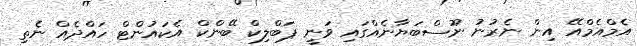
އެމްއެމްއޭ އިން ނެރުނު ނޫސްބަޔާނެއްގައި ވަނީ ޕަބްލިކް ބޭންކް އެކައުންޓް ހައްދެއް ނެތި